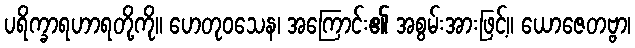
ပရိက္ခာရဟာရတို့ကို။ ဟေတုဝသေန၊ အကြောင်း၏ အစွမ်းအားဖြင့်။ ယောဇေတဗ္ဗာ၊